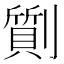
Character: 劕